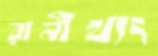
রানীখ্যং